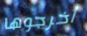
أخرجوها